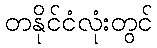
တနိုင်ငံလုံးတွင်